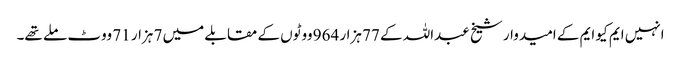
انہیں ایم کیو ایم کے امیدوار شیخ عبداللہ کے 77 ہزار 964 ووٹوں کے مقابلے میں 7 ہزار 71 ووٹ ملے تھے۔